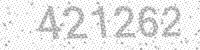
Solution: 421262